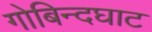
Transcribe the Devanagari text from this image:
गोबिन्दघाट